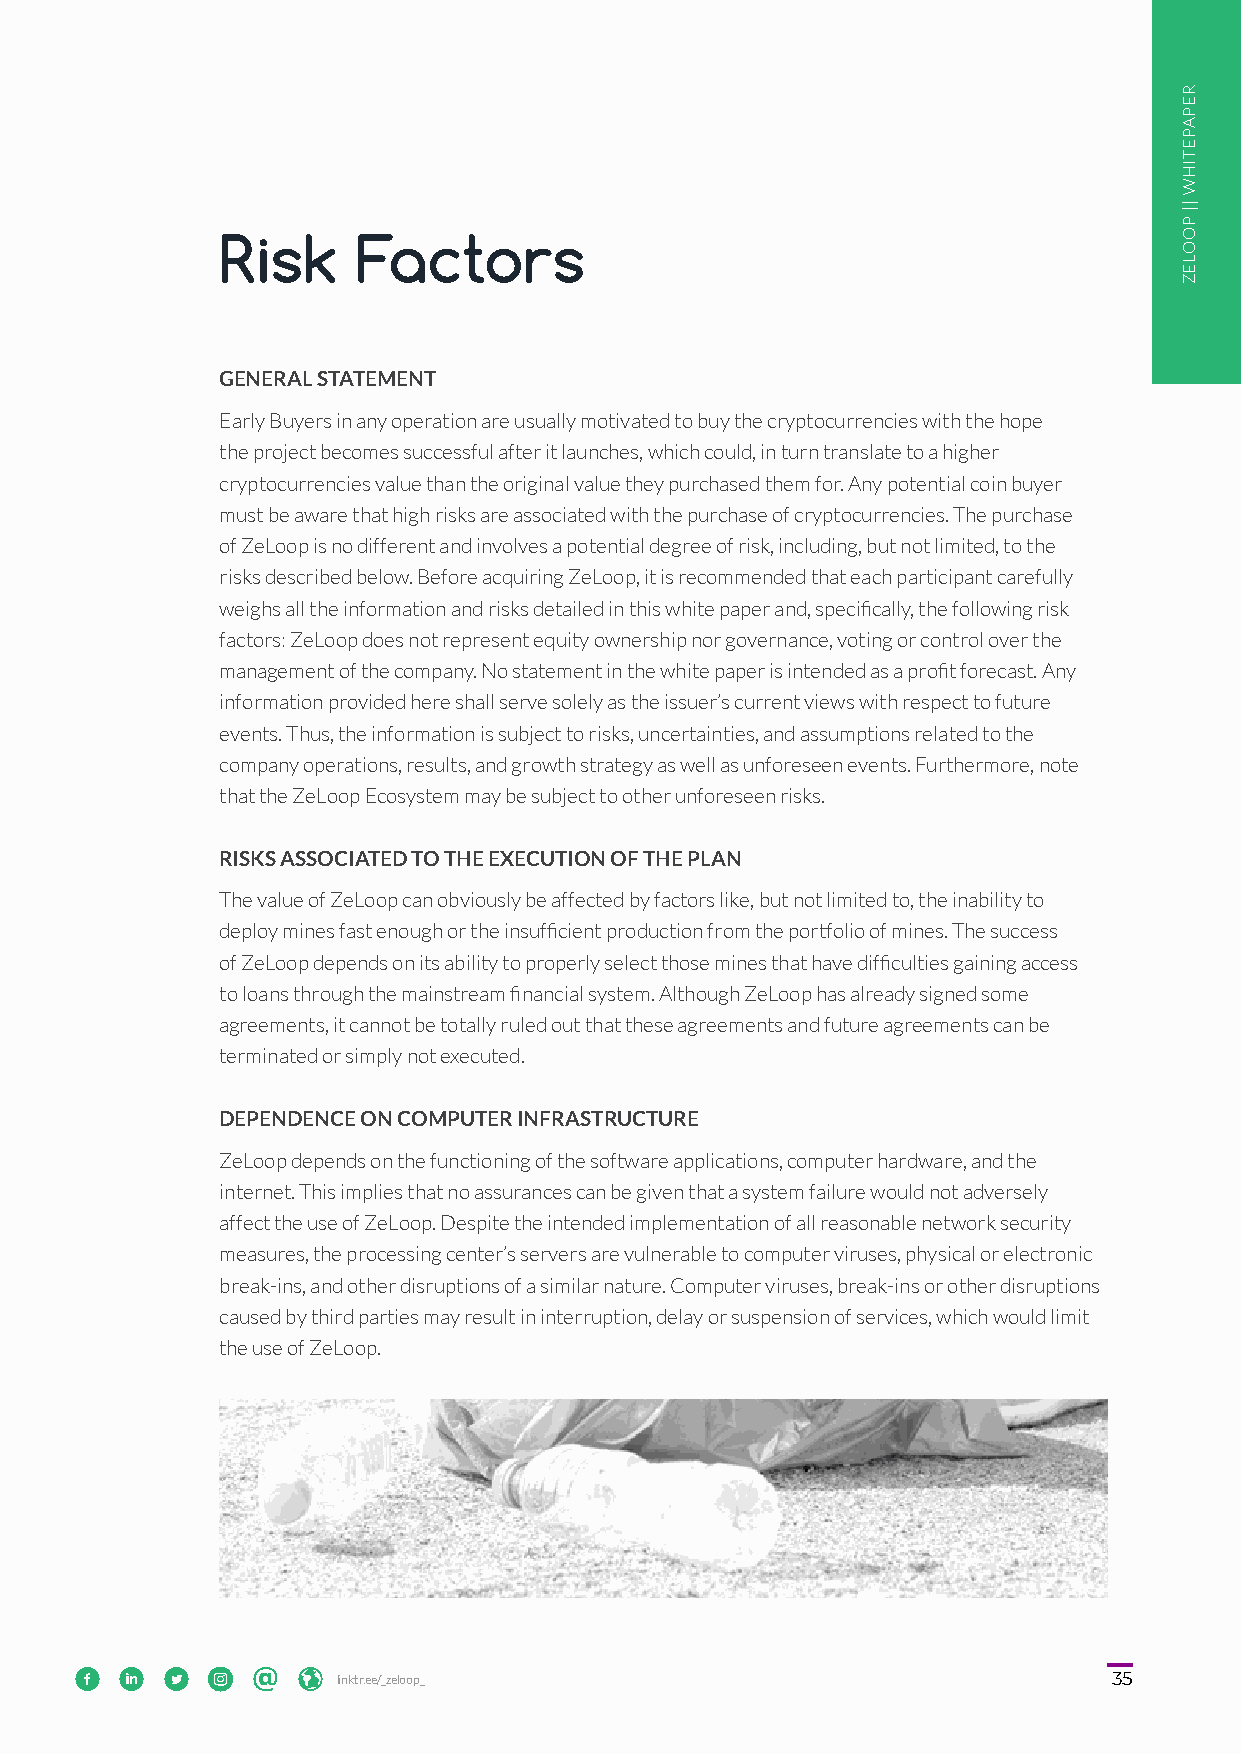
Risk     Factors
 GENERAL STATEMENT
 Early Buyers in any operation are usually motivated to buy the cryptocurrencies with the hope
 the project becomes successful after it launches, which could, in turn translate to a higher
 cryptocurrencies value than the original value they purchased them for. Any potential coin buyer
 must be aware that high risks are associated with the purchase of cryptocurrencies. The purchase
 of ZeLoop is no different and involves a potential degree of risk, including, but not limited, to the
 risks described below. Before acquiring ZeLoop, it is recommended that each participant carefully
 weighs all the information and risks detailed in this white paper and, specifically, the following risk
 factors: ZeLoop does not represent equity ownership nor governance, voting or control over the
 management of the company. No statement in the white paper is intended as a profit forecast. Any
 information provided here shall serve solely as the issuer’s current views with respect to future
 events. Thus, the information is subject to risks, uncertainties, and assumptions related to the
 company operations, results, and growth strategy as well as unforeseen events. Furthermore, note
 that the ZeLoop Ecosystem may be subject to other unforeseen risks.
 RISKS ASSOCIATED TO THE EXECUTION OF THE PLAN
 The value of ZeLoop can obviously be affected by factors like, but not limited to, the inability to
 deploy mines fast enough or the insufficient production from the portfolio of mines. The success
 of ZeLoop depends on its ability to properly select those mines that have difficulties gaining access
 to loans through the mainstream financial system. Although ZeLoop has already signed some
 agreements, it cannot be totally ruled out that these agreements and future agreements can be
 terminated or simply not executed.
 DEPENDENCE ON COMPUTER INFRASTRUCTURE
 ZeLoop depends on the functioning of the software applications, computer hardware, and the
 internet. This implies that no assurances can be given that a system failure would not adversely
 affect the use of ZeLoop. Despite the intended implementation of all reasonable network security
 measures, the processing center’s servers are vulnerable to computer viruses, physical or electronic
 break-ins, and other disruptions of a similar nature. Computer viruses, break-ins or other disruptions
 caused by third parties may result in interruption, delay or suspension of services, which would limit
 the use of ZeLoop.
  35     lliinnkkttrr..eeee//__zzeelloooopp__             35
 REPAPETIHW
 ||
 POOLEZ